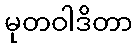
မုတဝါဒိတာ